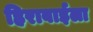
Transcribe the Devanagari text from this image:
हिराबाईला